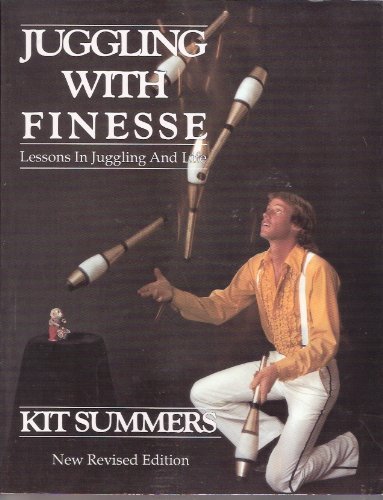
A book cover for Juggling With Finesse: The Definitive Book of Juggling; Kit Summers; Sports & Outdoors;